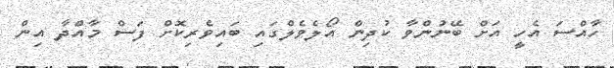
ހާއްސަ އެހީ އަށް ބޭނުންވާ ކުދިން އޯލެވެލްގައި ބައިވެރިކޮށް ފަސް މާއްދާ އިން